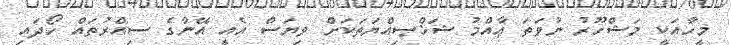
މީހާއަކީ މަޝްހޫރު ނުވަތަ ޢާއްމު ޝަޚްޞިއްޔަތަކަށް ވިޔަސް އެއީ އޭނާގެ ސިއްރުތައް ހޯދައި